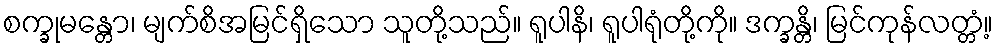
စက္ခုမန္တော၊ မျက်စိအမြင်ရှိသော သူတို့သည်။ ရူပါနိ၊ ရူပါရုံတို့ကို။ ဒက္ခန္တိ၊ မြင်ကုန်လတ္တံ့။